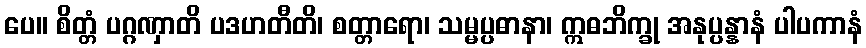
ပေ။ စိတ္တံ ပဂ္ဂဏှာတိ ပဒဟတီတိ၊ စတ္တာရော၊ သမ္မပ္ပဓာနာ၊ ဣဓဘိက္ခု အနုပ္ပန္နာနံ ပါပကာနံ